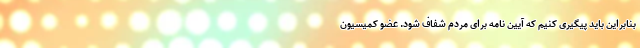
بنابراین باید پیگیری کنیم که آیین نامه برای مردم شفاف شود. عضو کمیسیون